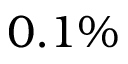
0 . 1 \%